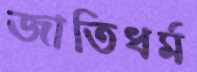
জাতিধর্ম